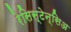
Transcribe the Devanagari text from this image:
रेसिस्टेन्सिअ